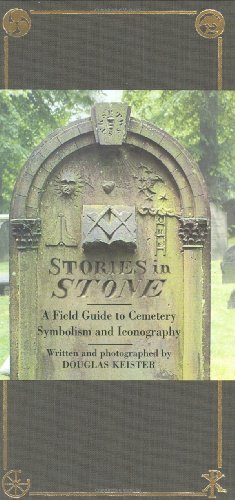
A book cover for Stories in Stone: A Field Guide to Cemetery Symbolism and Iconography; Arts & Photography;